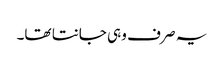
یہ صر ف وہی جانتا تھا۔